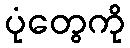
ပုံတွေကို